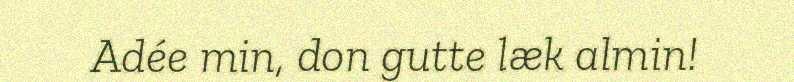
Adée min, don gutte læk almin!